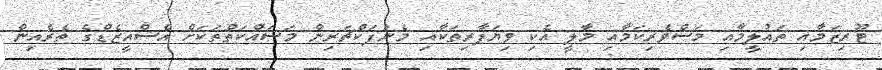
ޓޫރިޒަމާއި ތައުލީމާއި މަސްވެރިކަމާއި މާލީ އެކި ވިޔަފާރިތަކާއި މެނުފަކްޗަރިން މަސައްކަތްތަކަށް އެސްއީޒެޑްގެ ތެރެއިން